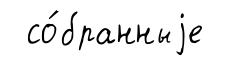
со́бранныjе